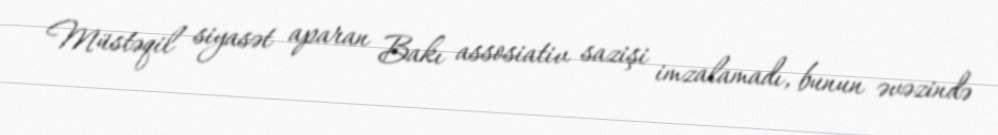
Müstəqil siyasət aparan Bakı assosiativ sazişi imzalamadı, bunun əvəzində